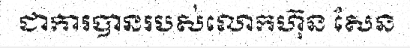
ជាការបានរបស់លោកហ៊ុន សែន